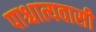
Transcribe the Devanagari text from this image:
पाश्चात्यवासी